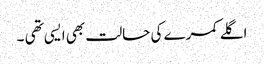
اگلے کمرے کی حالت بھی ایسی تھی ۔